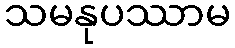
သမနုပဿာမ